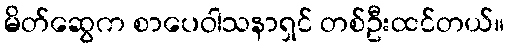
မိတ်ဆွေက စာပေဝါသနာရှင် တစ်ဦးထင်တယ်။